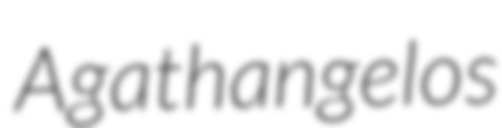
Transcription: Agathangelos